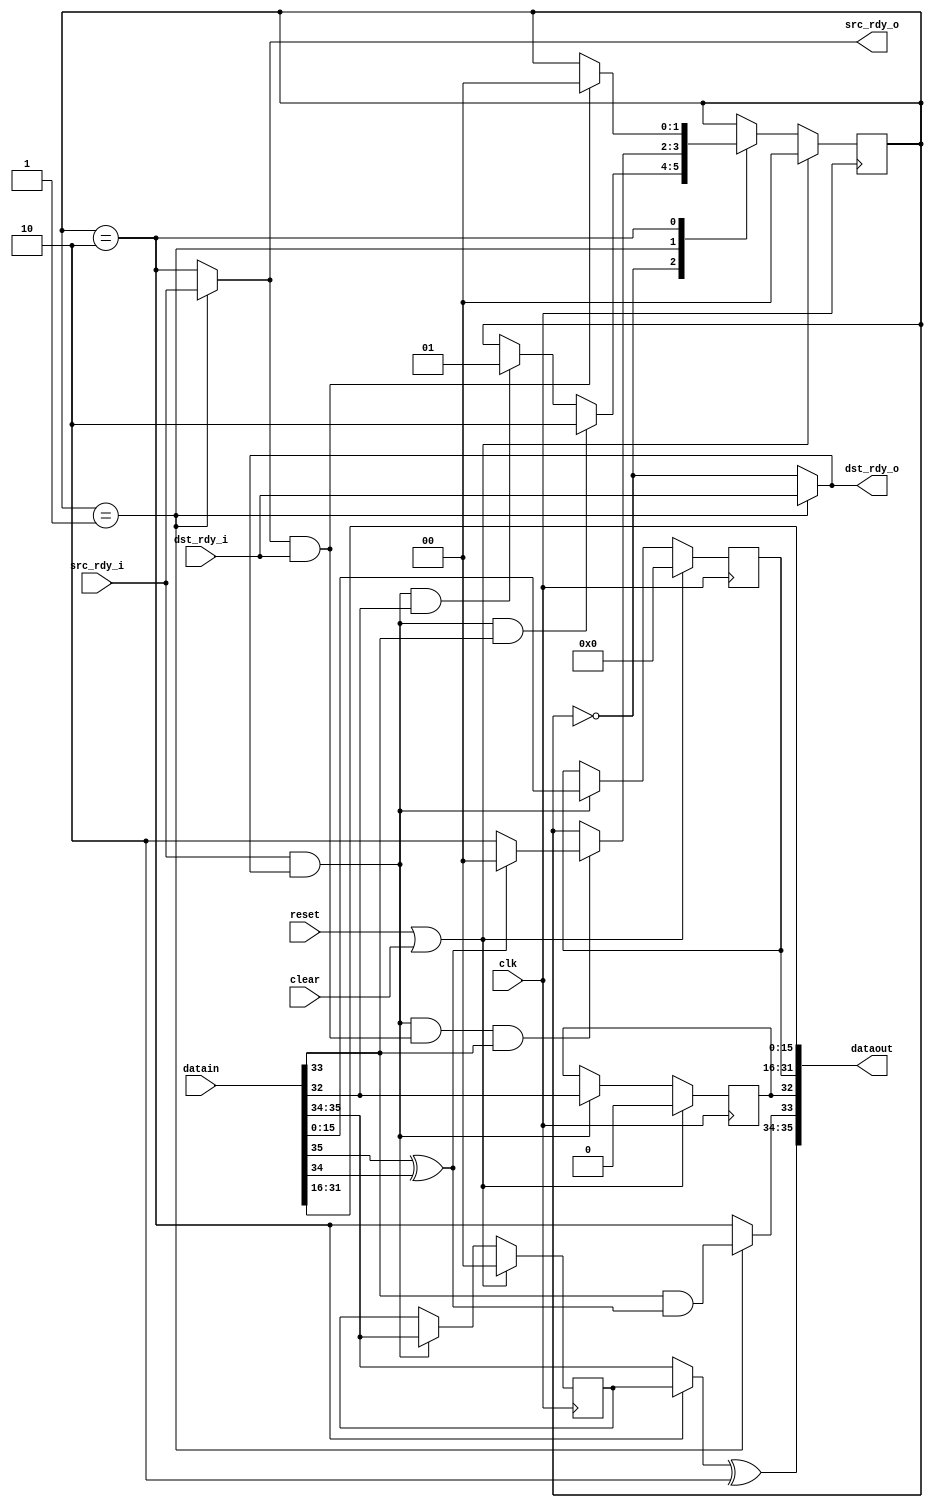

////////////////////////////////////////////////////////////////////////
// Ethernet TX - Realign
//
// - removes a 2-byte pad from the front a fifo36 stream
// - occupancy is preserved
//

module ethtx_realign
   (input clk, input reset, input clear,
    input [35:0] datain, input src_rdy_i, output dst_rdy_o,
    output [35:0] dataout, output src_rdy_o, input dst_rdy_i);

   reg [1:0] 	  state;
   reg [15:0] 	  held;
   reg [1:0] 	  held_occ;
   reg 		  held_sof;
   
   wire 	  xfer_in = src_rdy_i & dst_rdy_o;
   wire 	  xfer_out = src_rdy_o & dst_rdy_i;

   wire 	  sof_in = datain[32];
   wire 	  eof_in = datain[33];
   wire [1:0] 	  occ_in = datain[35:34];
   wire 	  occ_low = occ_in[1] ^ occ_in[0]; //occ is 1 or 2

   always @(posedge clk)
     if(reset | clear)
       begin
	  held <= 0;
	  held_occ <= 0;
	  held_sof <= 0;
       end
     else if(xfer_in)
       begin
	  held <= datain[15:0];
	  held_occ <= occ_in;
	  held_sof <= sof_in;
       end
   
   localparam RE_IDLE = 0;
   localparam RE_HELD = 1;
   localparam RE_DONE = 2;

   always @(posedge clk)
     if(reset | clear)
       state <= RE_IDLE;
     else
       case(state)
	 RE_IDLE :
	   if(xfer_in & eof_in)
	     state <= RE_DONE;
	   else if(xfer_in & sof_in)
	     state <= RE_HELD;

	 RE_HELD :
	   if(xfer_in & xfer_out & eof_in)
	     if(occ_low)
	       state <= RE_IDLE;
	     else
	       state <= RE_DONE;

	 RE_DONE :
	   if(xfer_out)
	     state <= RE_IDLE;
	 
       endcase // case (state)

   wire sof_out = held_sof;
   wire eof_out = (state == RE_HELD)? (eof_in & occ_low) : (state == RE_DONE);
   wire [1:0] occ_out = ((state == RE_DONE)? held_occ : occ_in) ^ 2'b10; //(occ + 2)%4

   assign dataout = {occ_out,eof_out,sof_out,held,datain[31:16]};
   assign src_rdy_o = (state == RE_HELD)? src_rdy_i : (state == RE_DONE);
   assign dst_rdy_o = (state == RE_HELD)? dst_rdy_i : (state == RE_IDLE);

endmodule // ethtx_realign